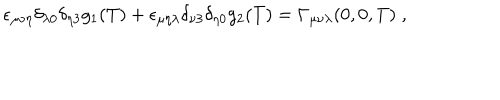
\epsilon _ { \mu \nu \eta } \delta _ { \lambda 0 } \delta _ { \eta 3 } g _ { 1 } ( T ) + \epsilon _ { \mu \eta \lambda } \delta _ { \nu 3 } \delta _ { \eta 0 } g _ { 2 } ( T ) = \Gamma _ { \mu \nu \lambda } ( 0 , 0 , T ) \; ,